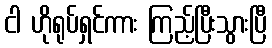
ငါ ဟိုရုပ်ရှင်ကား ကြည့်ပြီးသွားပြီ